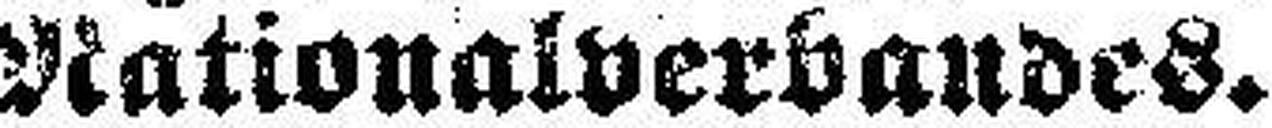
Nationalverbandes.